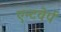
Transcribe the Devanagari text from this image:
एन्टवेर्प